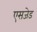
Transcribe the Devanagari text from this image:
एसजेड